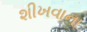
શીખવાના